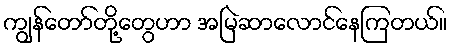
ကျွန်တော်တို့တွေဟာ အမြဲဆာလောင်နေကြတယ်။